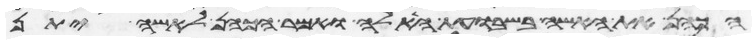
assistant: הכהן את האשה בשבועת האלה ואמר הכהן לאשה יתן